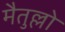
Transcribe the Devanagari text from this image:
मैतुल्लो